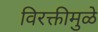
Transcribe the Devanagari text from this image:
विरक्तीमुळे